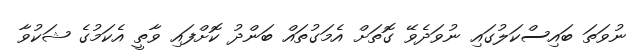
ނުވަތަ ބައިސްކަލުގައި ނުވަދެވޭ ގޮތަށް އެމަގުތައް ބަންދު ކޮށްފައި ވާތީ އެކަމުގެ ޝަކުވާ